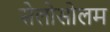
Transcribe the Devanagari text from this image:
सेलोसोलम